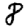
Digit: 8